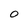
Character: 0